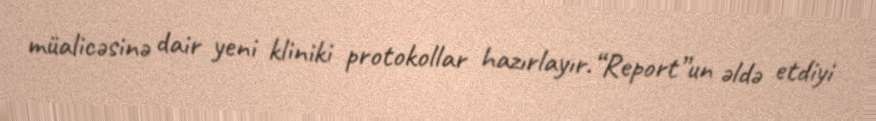
müalicəsinə dair yeni kliniki protokollar hazırlayır.“Report”un əldə etdiyi